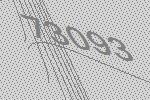
73093